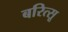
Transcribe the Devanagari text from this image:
बरित्सू